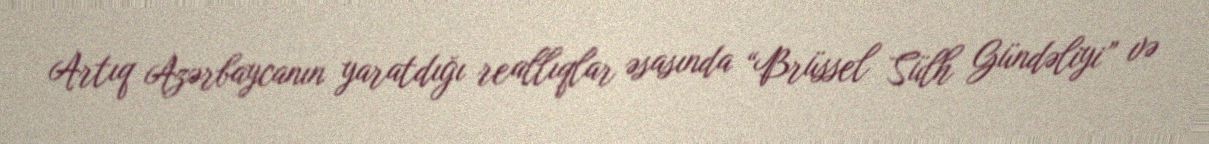
Artıq Azərbaycanın yaratdığı reallıqlar əsasında “Brüssel Sülh Gündəliyi” və